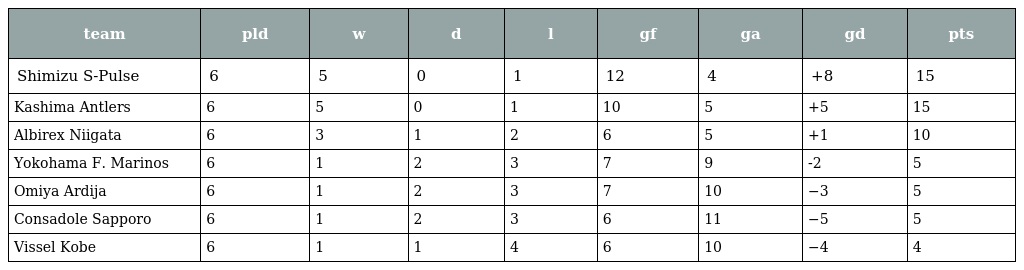
| team | pld | w | d | l | gf | ga | gd | pts |
 | --- | --- | --- | --- | --- | --- | --- | --- | --- |
 | Shimizu S-Pulse | 6 | 5 | 0 | 1 | 12 | 4 | +8 | 15 |
 | Kashima Antlers | 6 | 5 | 0 | 1 | 10 | 5 | +5 | 15 |
 | Albirex Niigata | 6 | 3 | 1 | 2 | 6 | 5 | +1 | 10 |
 | Yokohama F. Marinos | 6 | 1 | 2 | 3 | 7 | 9 | -2 | 5 |
 | Omiya Ardija | 6 | 1 | 2 | 3 | 7 | 10 | −3 | 5 |
 | Consadole Sapporo | 6 | 1 | 2 | 3 | 6 | 11 | −5 | 5 |
 | Vissel Kobe | 6 | 1 | 1 | 4 | 6 | 10 | −4 | 4 |